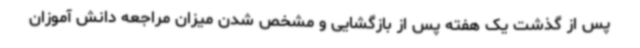
پس از گذشت یک هفته پس از بازگشایی و مشخص شدن میزان مراجعه دانش آموزان